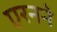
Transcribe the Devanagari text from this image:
एरनने